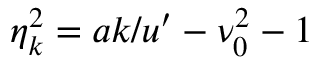
\eta _ { k } ^ { 2 } = a k / u ^ { \prime } - \nu _ { 0 } ^ { 2 } - 1